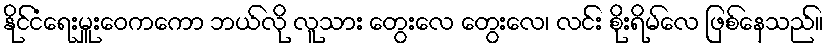
နိုင်ငံရေးမှူးဝေကကော ဘယ်လို လူသား တွေးလေ တွေးလေ၊ လင်း စိုးရိမ်လေ ဖြစ်နေသည်။